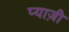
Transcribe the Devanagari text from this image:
प्याज़ी